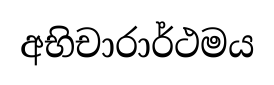
අභිචාරාර්ථමය